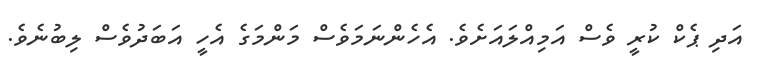
އަދި ޕެކް ކުރީ ވެސް އަމިއްލައަށެވެ. އެހެންނަމަވެސް މަންމަގެ އެހީ އަބަދުވެސް ލިބުނެވެ.